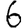
Digit: 6